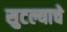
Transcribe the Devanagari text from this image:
सुटल्याचे